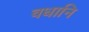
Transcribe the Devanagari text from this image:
वधानि